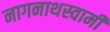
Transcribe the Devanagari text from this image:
नागनाथस्वामी